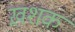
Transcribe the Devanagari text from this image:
ख़शक